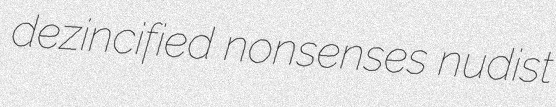
dezincified nonsenses nudist